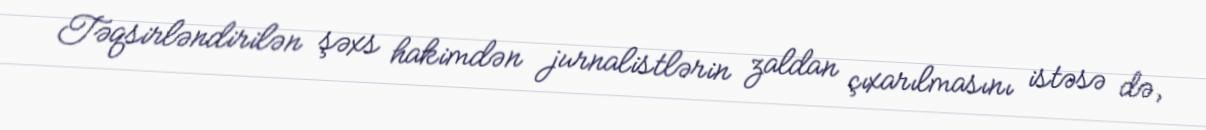
Təqsirləndirilən şəxs hakimdən jurnalistlərin zaldan çıxarılmasını istəsə də,